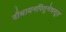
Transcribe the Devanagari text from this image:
बौधायनपितृमेधसूत्र